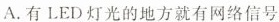
A.有LED灯光的地方就有网络信号